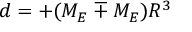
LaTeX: d = + ( M _ { E } \mp M _ { E } ) R ^ { 3 }